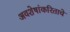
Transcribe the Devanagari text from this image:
अवशेषांकरिताचे